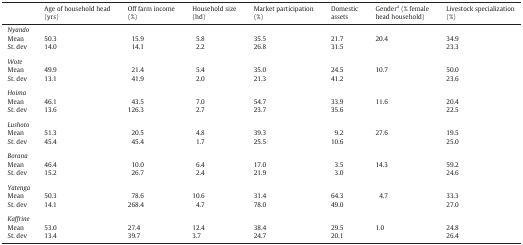
<table><thead><tr><td></td><td><b>Age of household head (yrs)</b></td><td><b>Off farm income (%)</b></td><td><b>Household size (hd)</b></td><td><b>Market participation (%)</b></td><td><b>Domestic assets</b></td><td><b>Gendera (% female head household)</b></td><td><b>Livestock specialization (%)</b></td></tr></thead><tbody><tr><td colspan="8"><i>Nyando</i></td></tr><tr><td>Mean</td><td>50.3</td><td>15.9</td><td>5.8</td><td>35.5</td><td>21.7</td><td>20.4</td><td>34.9</td></tr><tr><td>St. dev</td><td>14.0</td><td>14.1</td><td>2.2</td><td>26.8</td><td>31.5</td><td></td><td>23.3</td></tr><tr><td colspan="8">  </td></tr><tr><td colspan="8"><i>Wote</i></td></tr><tr><td>Mean</td><td>49.9</td><td>21.4</td><td>5.4</td><td>35.0</td><td>24.5</td><td>10.7</td><td>50.0</td></tr><tr><td>St. dev</td><td>13.1</td><td>41.9</td><td>2.0</td><td>21.3</td><td>41.2</td><td></td><td>23.6</td></tr><tr><td colspan="8">  </td></tr><tr><td colspan="8"><i>Hoima</i></td></tr><tr><td>Mean</td><td>46.1</td><td>43.5</td><td>7.0</td><td>54.7</td><td>33.9</td><td>11.6</td><td>20.4</td></tr><tr><td>St. dev</td><td>13.6</td><td>126.3</td><td>2.7</td><td>23.7</td><td>35.6</td><td></td><td>22.5</td></tr><tr><td colspan="8">  </td></tr><tr><td colspan="8"><i>Lushoto</i></td></tr><tr><td>Mean</td><td>51.3</td><td>20.5</td><td>4.8</td><td>39.3</td><td>9.2</td><td>27.6</td><td>19.5</td></tr><tr><td>St. dev</td><td>45.4</td><td>45.4</td><td>1.7</td><td>25.5</td><td>10.6</td><td></td><td>25.0</td></tr><tr><td colspan="8">  </td></tr><tr><td colspan="8"><i>Borana</i></td></tr><tr><td>Mean</td><td>46.4</td><td>10.0</td><td>6.4</td><td>17.0</td><td>3.5</td><td>14.3</td><td>59.2</td></tr><tr><td>St. dev</td><td>15.2</td><td>26.7</td><td>2.4</td><td>21.9</td><td>3.0</td><td></td><td>24.6</td></tr><tr><td colspan="8">  </td></tr><tr><td colspan="8"><i>Yatenga</i></td></tr><tr><td>Mean</td><td>50.3</td><td>78.6</td><td>10.6</td><td>31.4</td><td>64.3</td><td>4.7</td><td>33.3</td></tr><tr><td>St. dev</td><td>14.1</td><td>268.4</td><td>4.7</td><td>78.0</td><td>49.0</td><td></td><td>27.0</td></tr><tr><td colspan="8">  </td></tr><tr><td colspan="8"><i>Kaffrine</i></td></tr><tr><td>Mean</td><td>53.0</td><td>27.4</td><td>12.4</td><td>38.4</td><td>29.5</td><td>1.0</td><td>24.8</td></tr><tr><td>St. dev</td><td>13.4</td><td>39.7</td><td>3.7</td><td>24.7</td><td>20.1</td><td></td><td>26.4</td></tr></tbody></table>